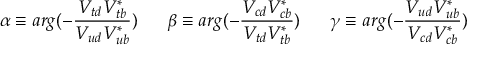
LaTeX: \alpha \equiv a r g ( - \frac { V _ { t d } V _ { t b } ^ { * } } { V _ { u d } V _ { u b } ^ { * } } ) \; \; \; \; \; \; \beta \equiv a r g ( - \frac { V _ { c d } V _ { c b } ^ { * } } { V _ { t d } V _ { t b } ^ { * } } ) \; \; \; \; \; \; \gamma \equiv a r g ( - \frac { V _ { u d } V _ { u b } ^ { * } } { V _ { c d } V _ { c b } ^ { * } } )